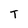
Character: T